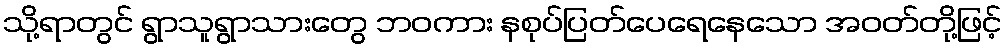
သို့ရာတွင် ရွာသူရွာသားတွေ ဘဝကား နစုပ်ပြတ်ပေရေနေသော အဝတ်တို့ဖြင့်